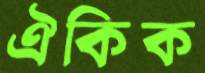
ঐকিক